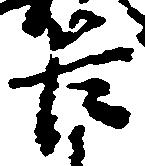
臣